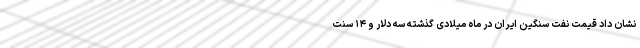
نشان داد قیمت نفت سنگین ایران در ماه میلادی گذشته سه دلار و ۱۴ سنت